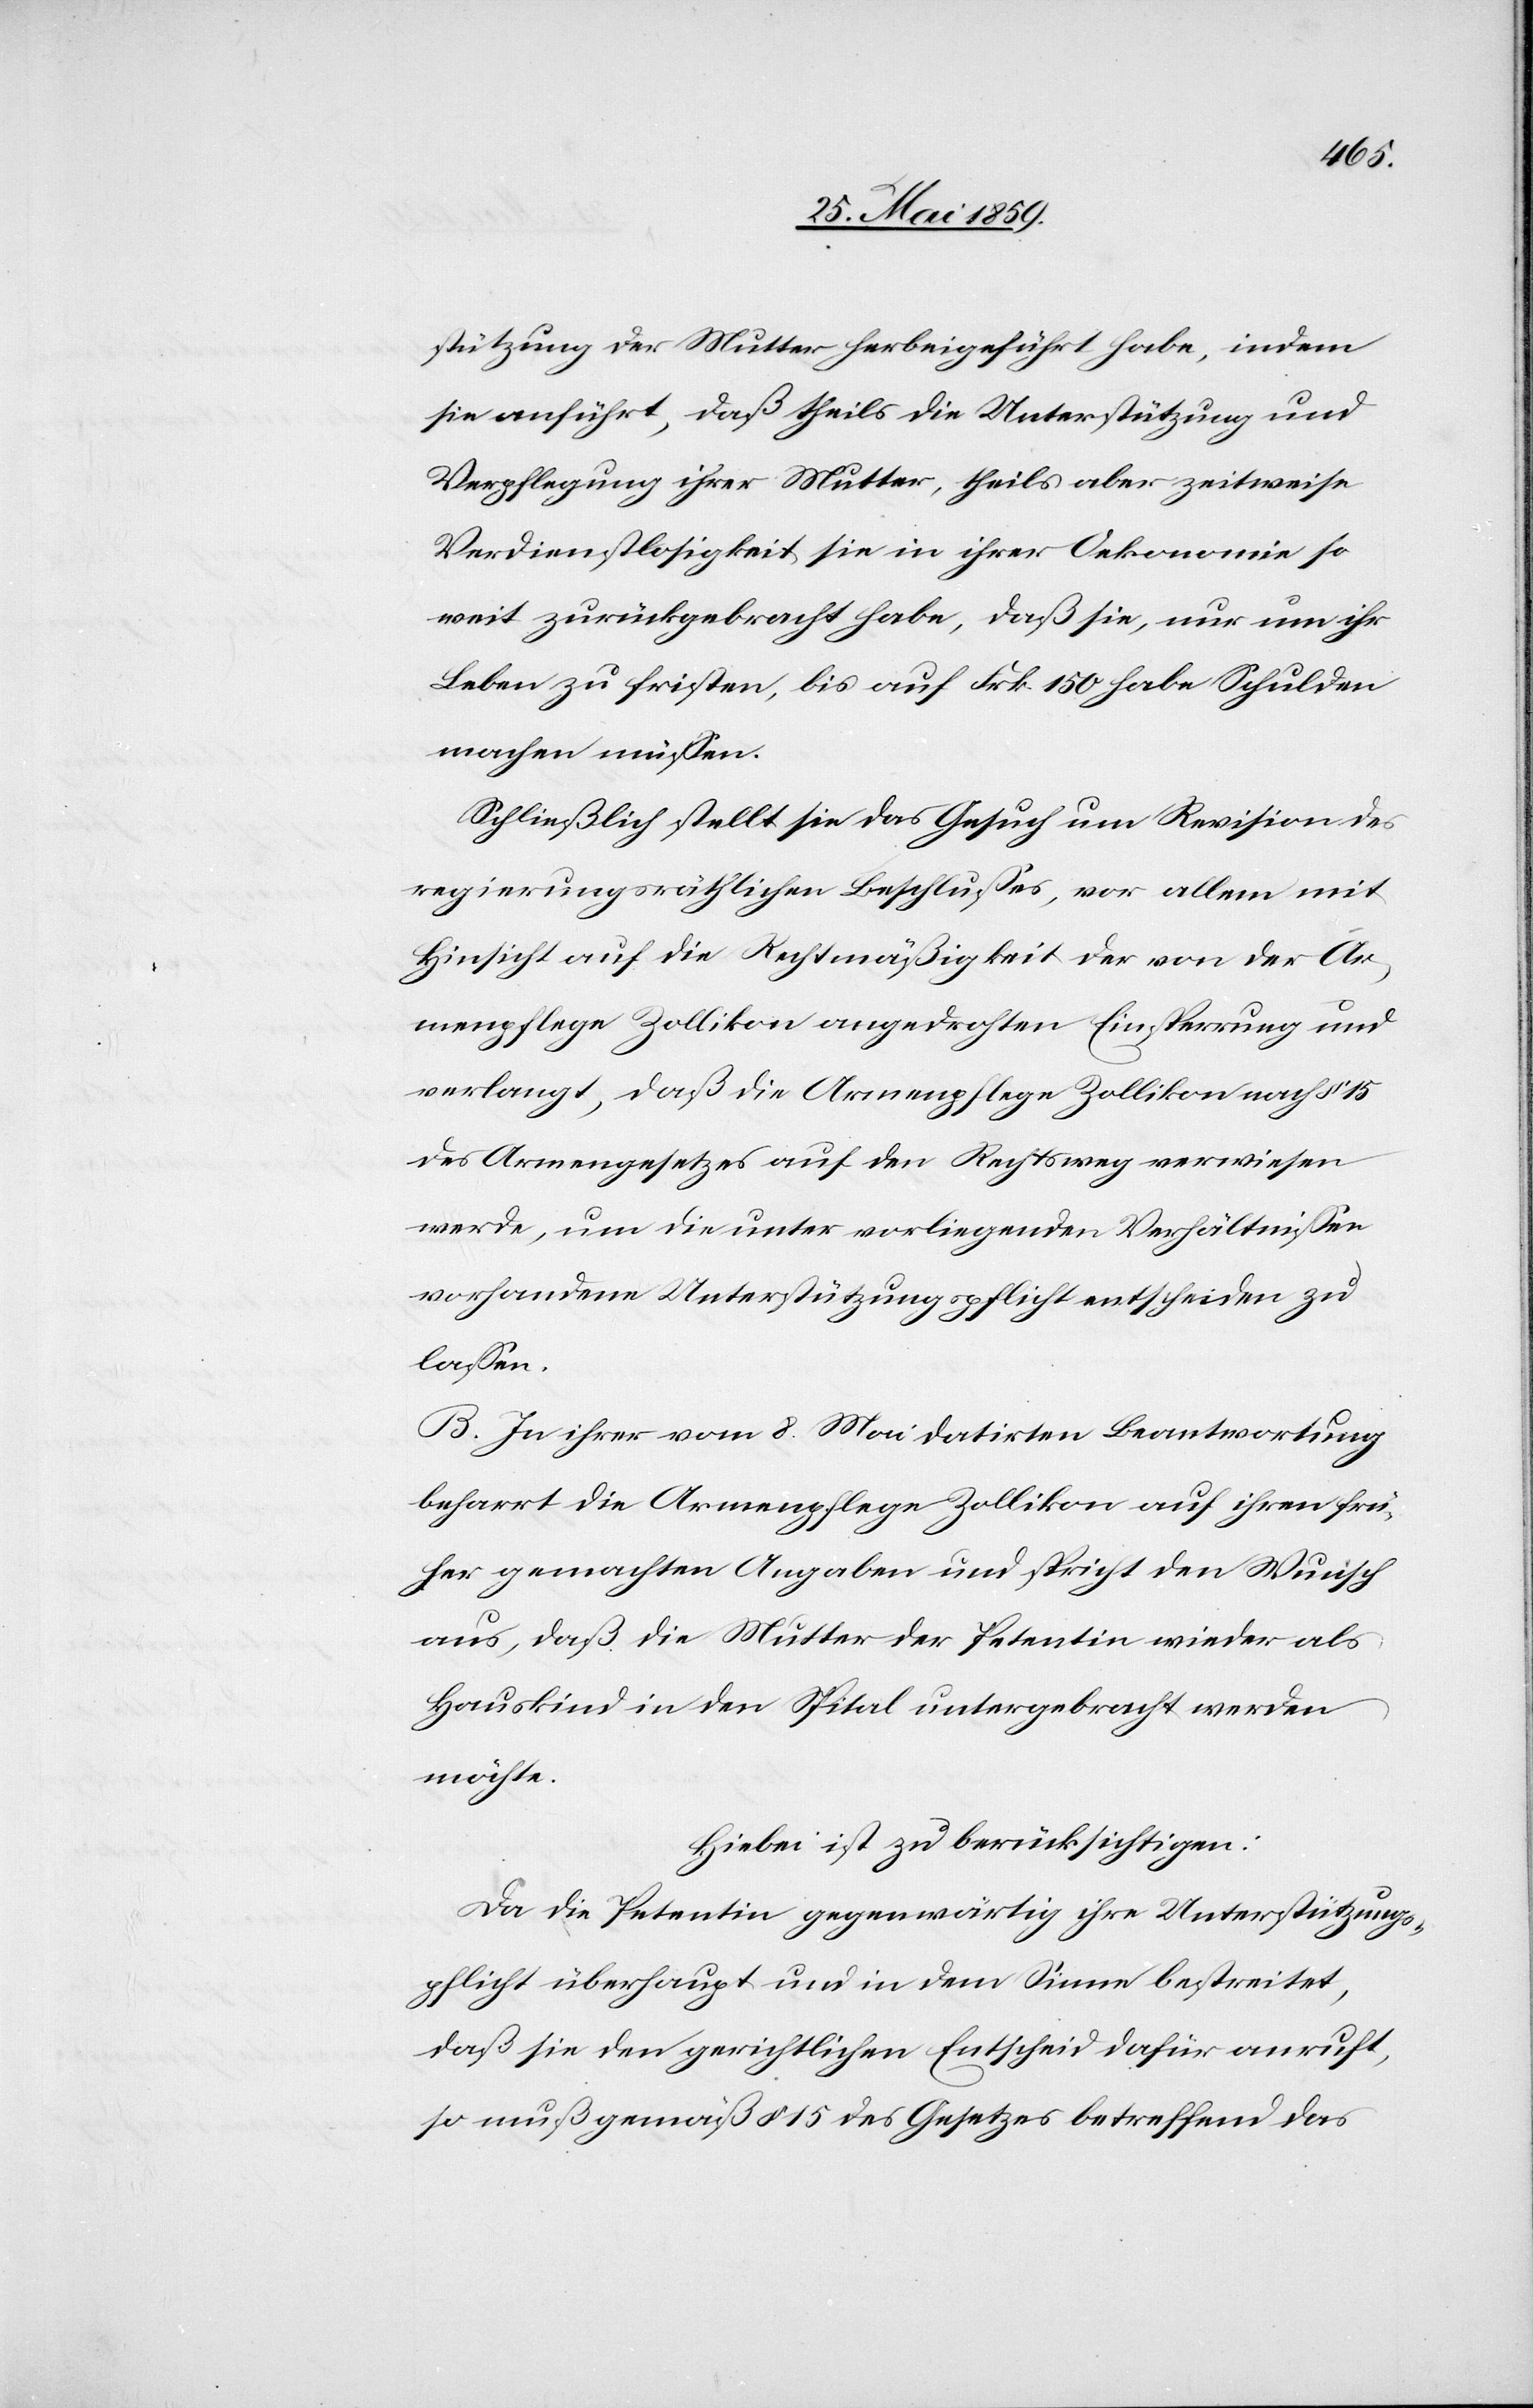
stützung der Mutter herbeigeführt habe, indem
sie anführt, daß theils die Unterstützung und
Verpflegung ihrer Mutter, theils aber zeitweise
Verdienstlosigkeit sie in ihrer Oekonomie so
weit zurückgebracht habe, daß sie, nur um ihr
Leben zu fristen, bis auf Frk. 150 habe Schulden
machen müssen.
Schließlich stellt sie das Gesuch um Revision des
regierungsräthlichen Beschlusses, vor allem mit
Hinsicht auf die Rechtmäßigkeit der von der Ar¬
menpflege Zollikon angedrohten Einsperrung und
verlangt, daß die Armenpflege Zollikon nach § 15
des Armengesetzes auf den Rechtsweg verwiesen
werde, um die unter vorliegenden Verhältnissen
vorhandene Unterstützungspflicht entscheiden zu
lassen.
B. Zu ihrer vom 8. Mai datirten Beantwortung
beharrt die Armenpflege Zollikon auf ihren frü¬
her gemachten Angaben und spricht den Wunsch
aus, daß die Mutter der Petentin wieder als
Hauskind in den Spital untergebracht werden
möchte.
Hierbei ist zu berücksichtigen:
Da die Petentin gegenwärtig ihre Unterstützungs¬
pflicht überhaupt und in dem Sinne bestreitet,
daß sie den gerichtlichen Entscheid dafür anruft,
so muß gemäß § 15 des Gesetzes betreffend das